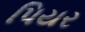
પિયર